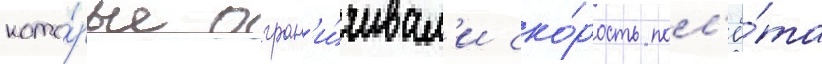
кото́рые огран'и́чивал'и ско́рость пол'ё́та